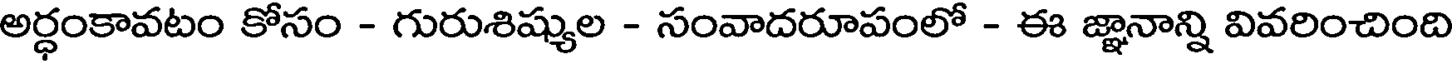
అర్ధంకావటం కోసం - గురుశిష్యుల - సంవాదరూపంలో - ఈ జ్ఞానాన్ని వివరించింది